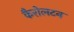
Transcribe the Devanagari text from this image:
कैरोलटन